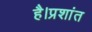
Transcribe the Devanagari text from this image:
है।प्रशांत